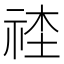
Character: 𥙭